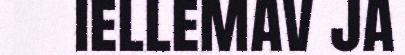
iellemav ja